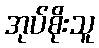
အုပ်စိုးသူ